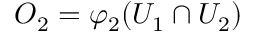
O _ { 2 } = \varphi _ { 2 } ( U _ { 1 } \cap U _ { 2 } )